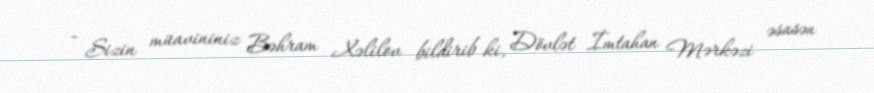
- Sizin müavininiz Bəhram Xəlilov bildirib ki, Dövlət İmtahan Mərkəzi əsasən